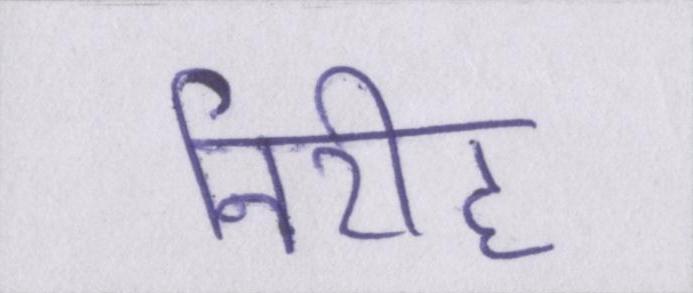
निरीह